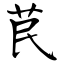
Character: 苠